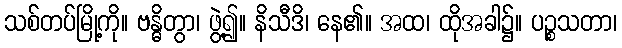
သစ်တပ်မြို့ကို။ ဗန္ဓိတွာ၊ ဖွဲ့၍။ နိသီဒိ၊ နေ၏။ အထ၊ ထိုအခါ၌။ ပဉ္စသတာ၊